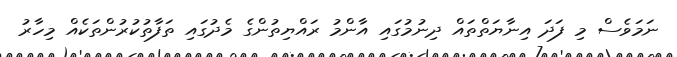
ނަމަވެސް މި ފަދަ އިނާޔަތްތައް ދިނުމުގައި އާންމު ރައްޔިތުންގެ މެދުގައި ތަފާތުކުރުންތަކެއް މިހާރު